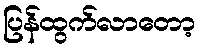
ပြန်ထွက်လာတော့